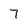
Character: 7